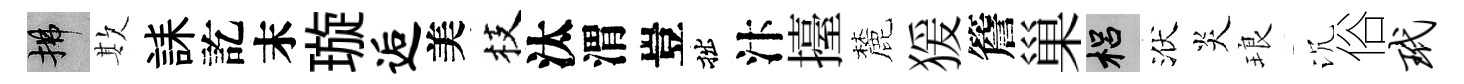
拂欺誄訖末璇逅美枝汰渭豈拙汴擡麓猨簷巢梠洑炎琅沉俗玳